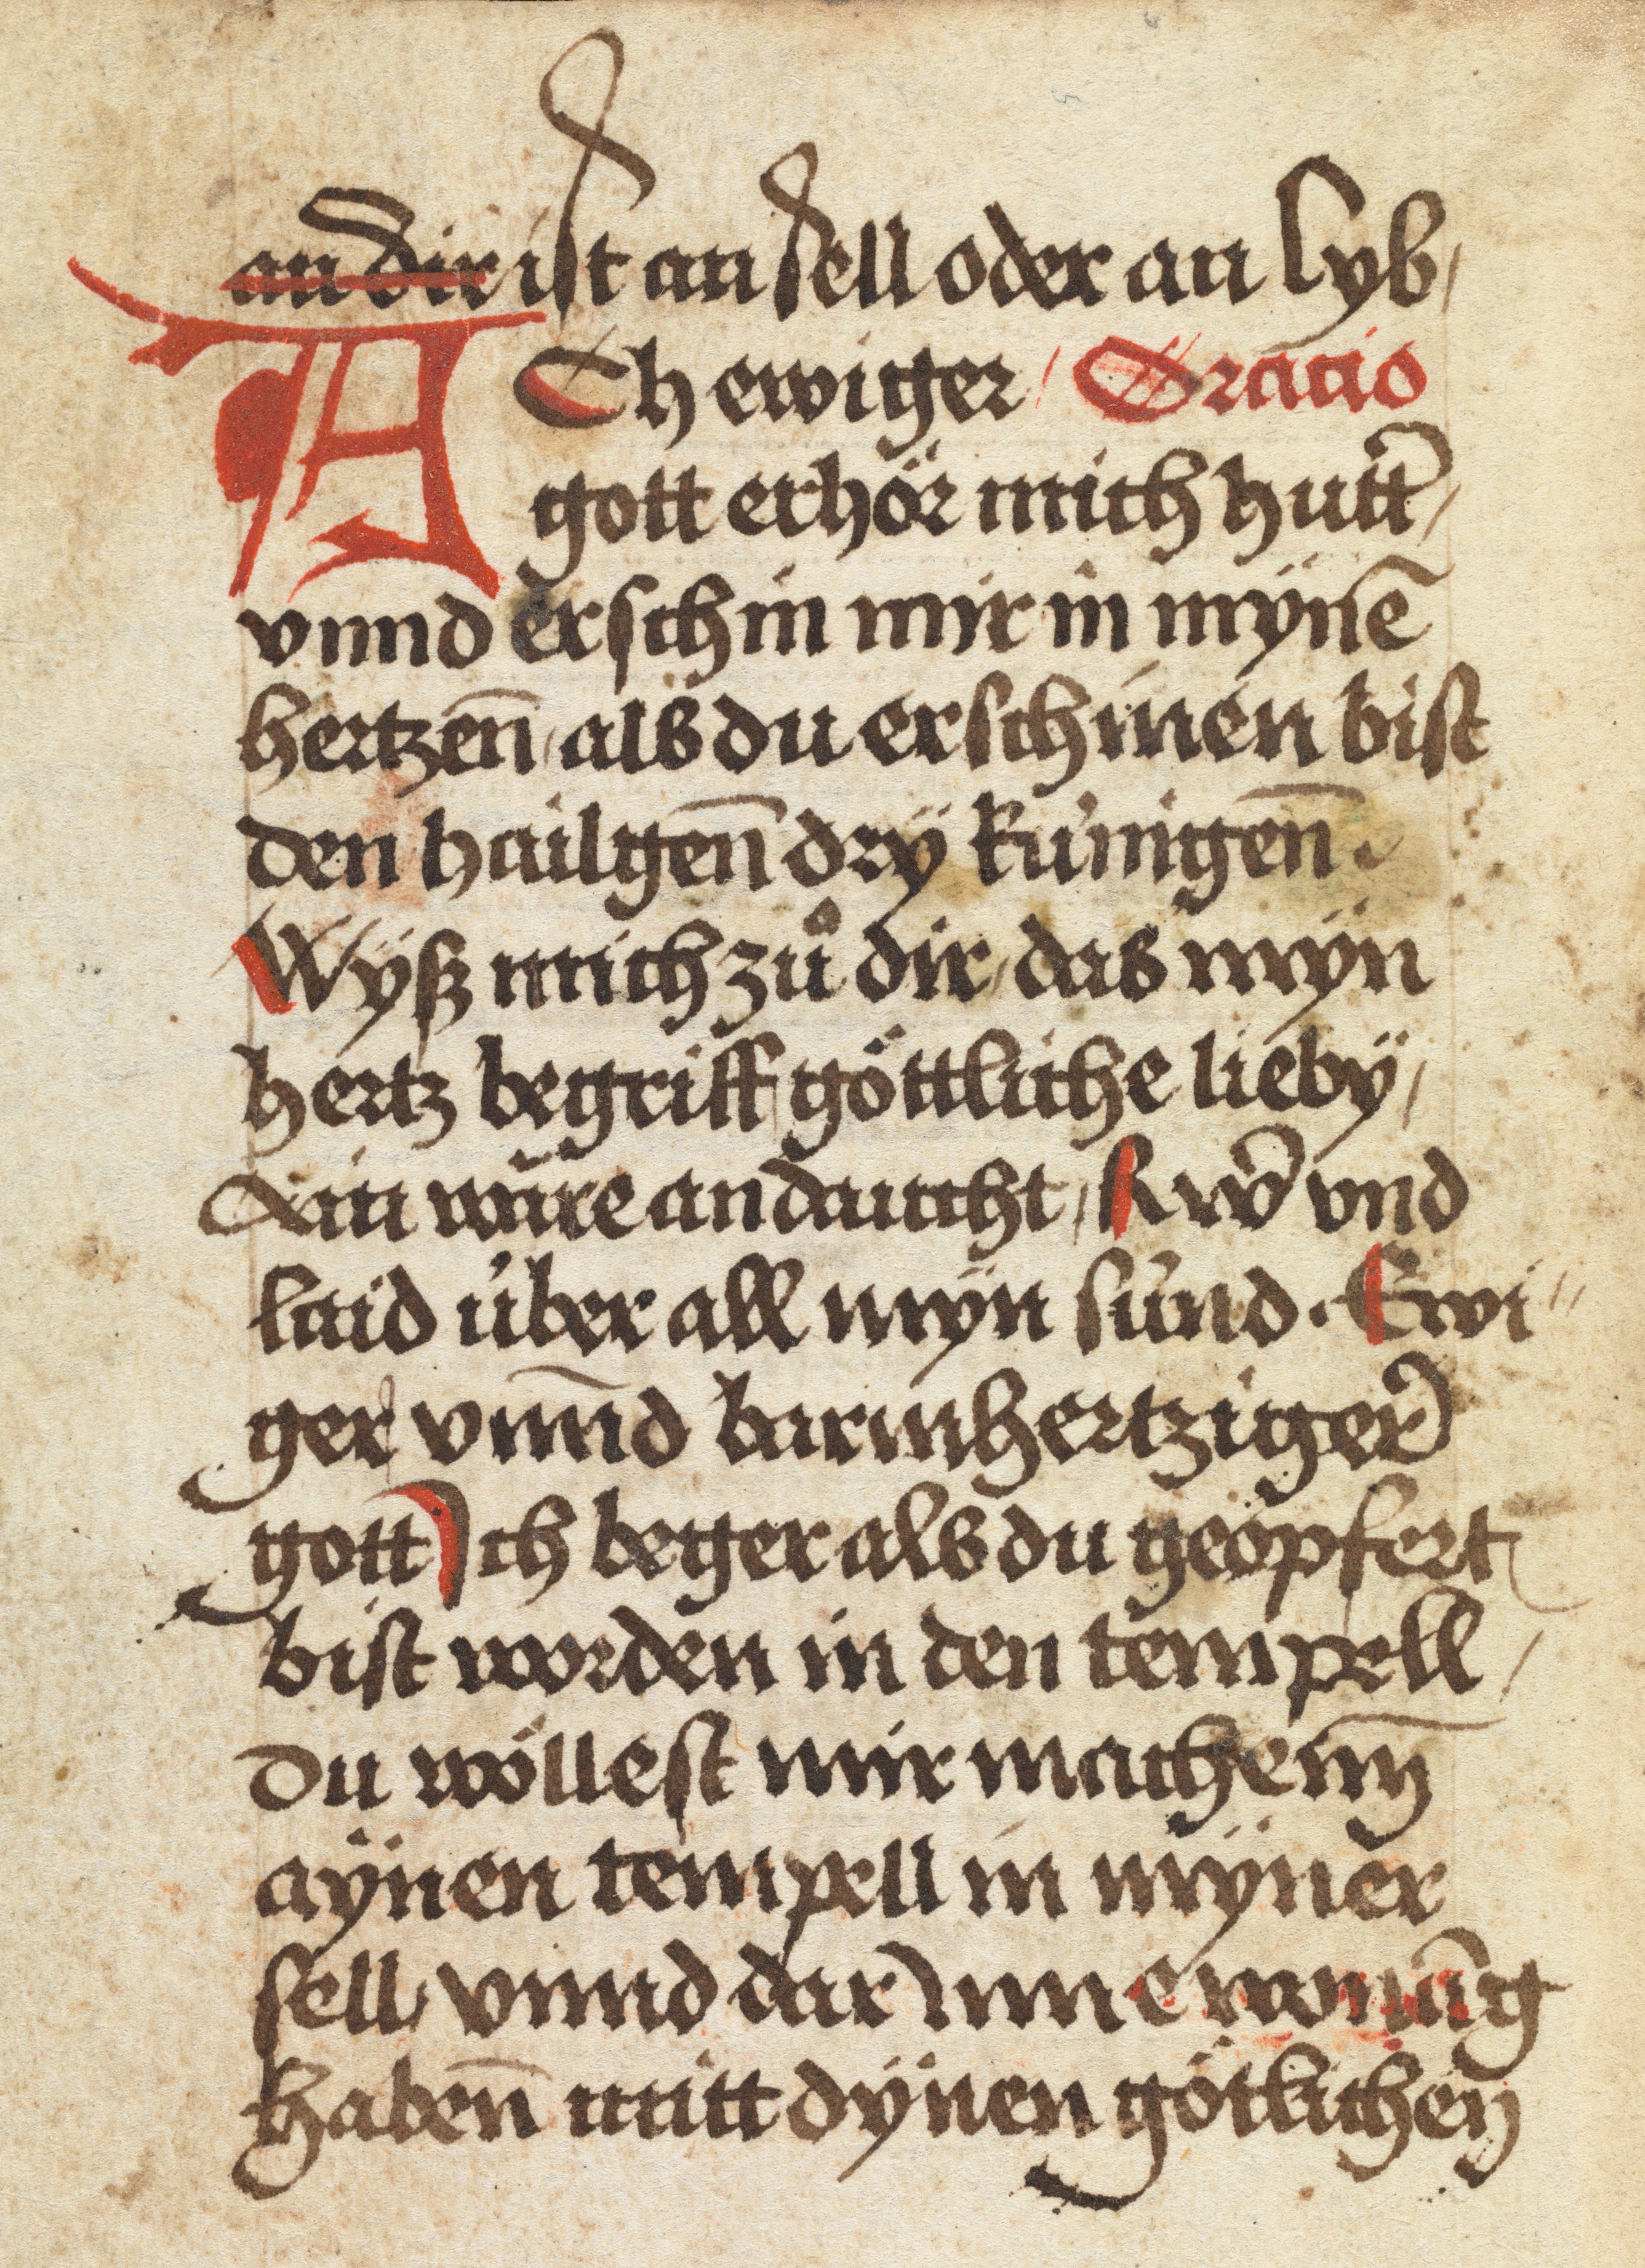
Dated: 1484–1485